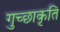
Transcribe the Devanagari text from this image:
गुच्छाकृति